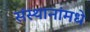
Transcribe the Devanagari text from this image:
संस्थानांमधे